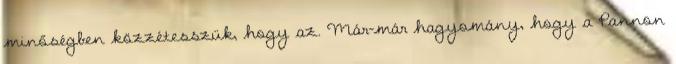
minőségben közzétesszük, hogy az. Már-már hagyomány, hogy a Pannon